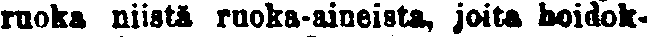
ruoka niistä ruoka-aineista, joita hoidok-